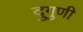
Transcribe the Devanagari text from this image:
दुगुणी